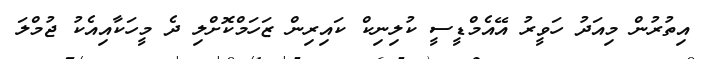
އިތުރުން މިއަދު ހަވީރު އޭއެމްޑީސީ ކުލިނިކް ކައިރިން ޒަހަމްކޮށްލި ދެ މީހަކާއިއެކު ޖުމްލަ